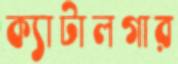
ক্যাটালগার